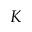
K